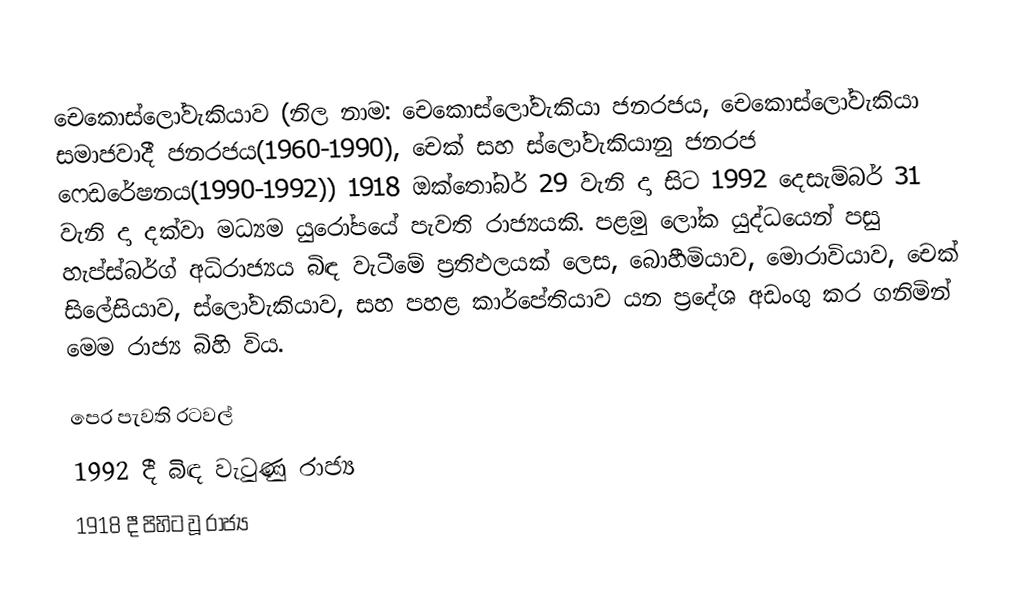
චෙකොස්ලෝවැකියාව (නිල නාම​: චෙකොස්ලෝවැකියා ජනරජය​, චෙකොස්ලෝවැකියා සමාජවාදී ජනරජය​(1960-1990), චෙක් සහ ස්ලෝවැකියානු ජනරජ ෆෙඩරේෂනය(1990-1992))​ 1918 ඔක්තෝබර් 29 වැනි දා සිට 1992 දෙසැම්බර් 31 වැනි දා දක්වා මධ්‍යම යුරෝපයේ පැවති රාජ්‍යයකි. පළමු ලෝක යුද්ධයෙන් පසු හැප්ස්බර්ග් අධිරාජ්‍යය බිඳ වැටීමේ ප්‍රතිඵලයක් ලෙස, බොහීමියාව​, මොරාවියාව​, චෙක් සිලේසියාව​, ස්ලෝවැකියාව, සහ පහළ කාර්පේතියාව​ යන ප්‍රදේශ අඩංගු කර ගනිමින් මෙම රාජ්‍ය බිහි විය​.

පෙර පැවති රටවල්
1992 දී බිඳ වැටුණු රාජ්‍ය​
1918 දී පිහිට වූ රාජ්‍ය​​